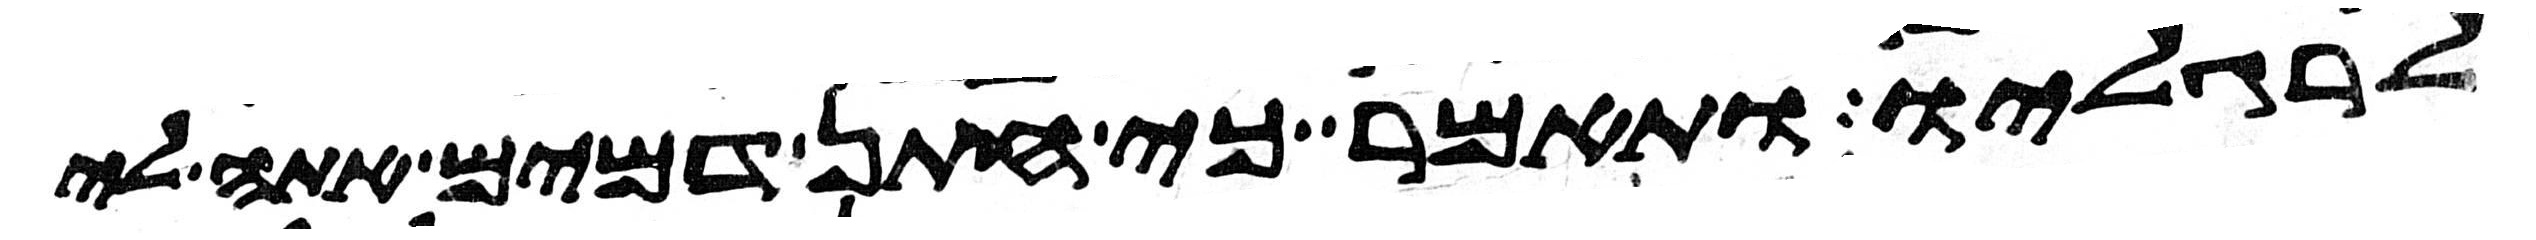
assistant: לרגליו ותאמר כי חתן דמים אתה לי